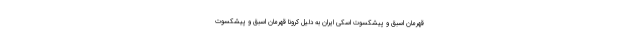
قهرمان اسبق و پیشکسوت اسکی ایران به دلیل کرونا قهرمان اسبق و پیشکسوت